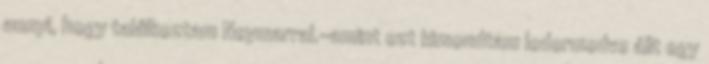
annyi, hogy találkoztam Neymarral.-amint ezt kimondtam ledermedve állt egy